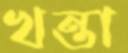
খন্তা